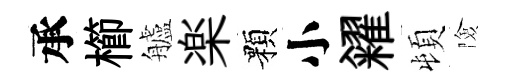
承櫛艫楽顆小糴頓險